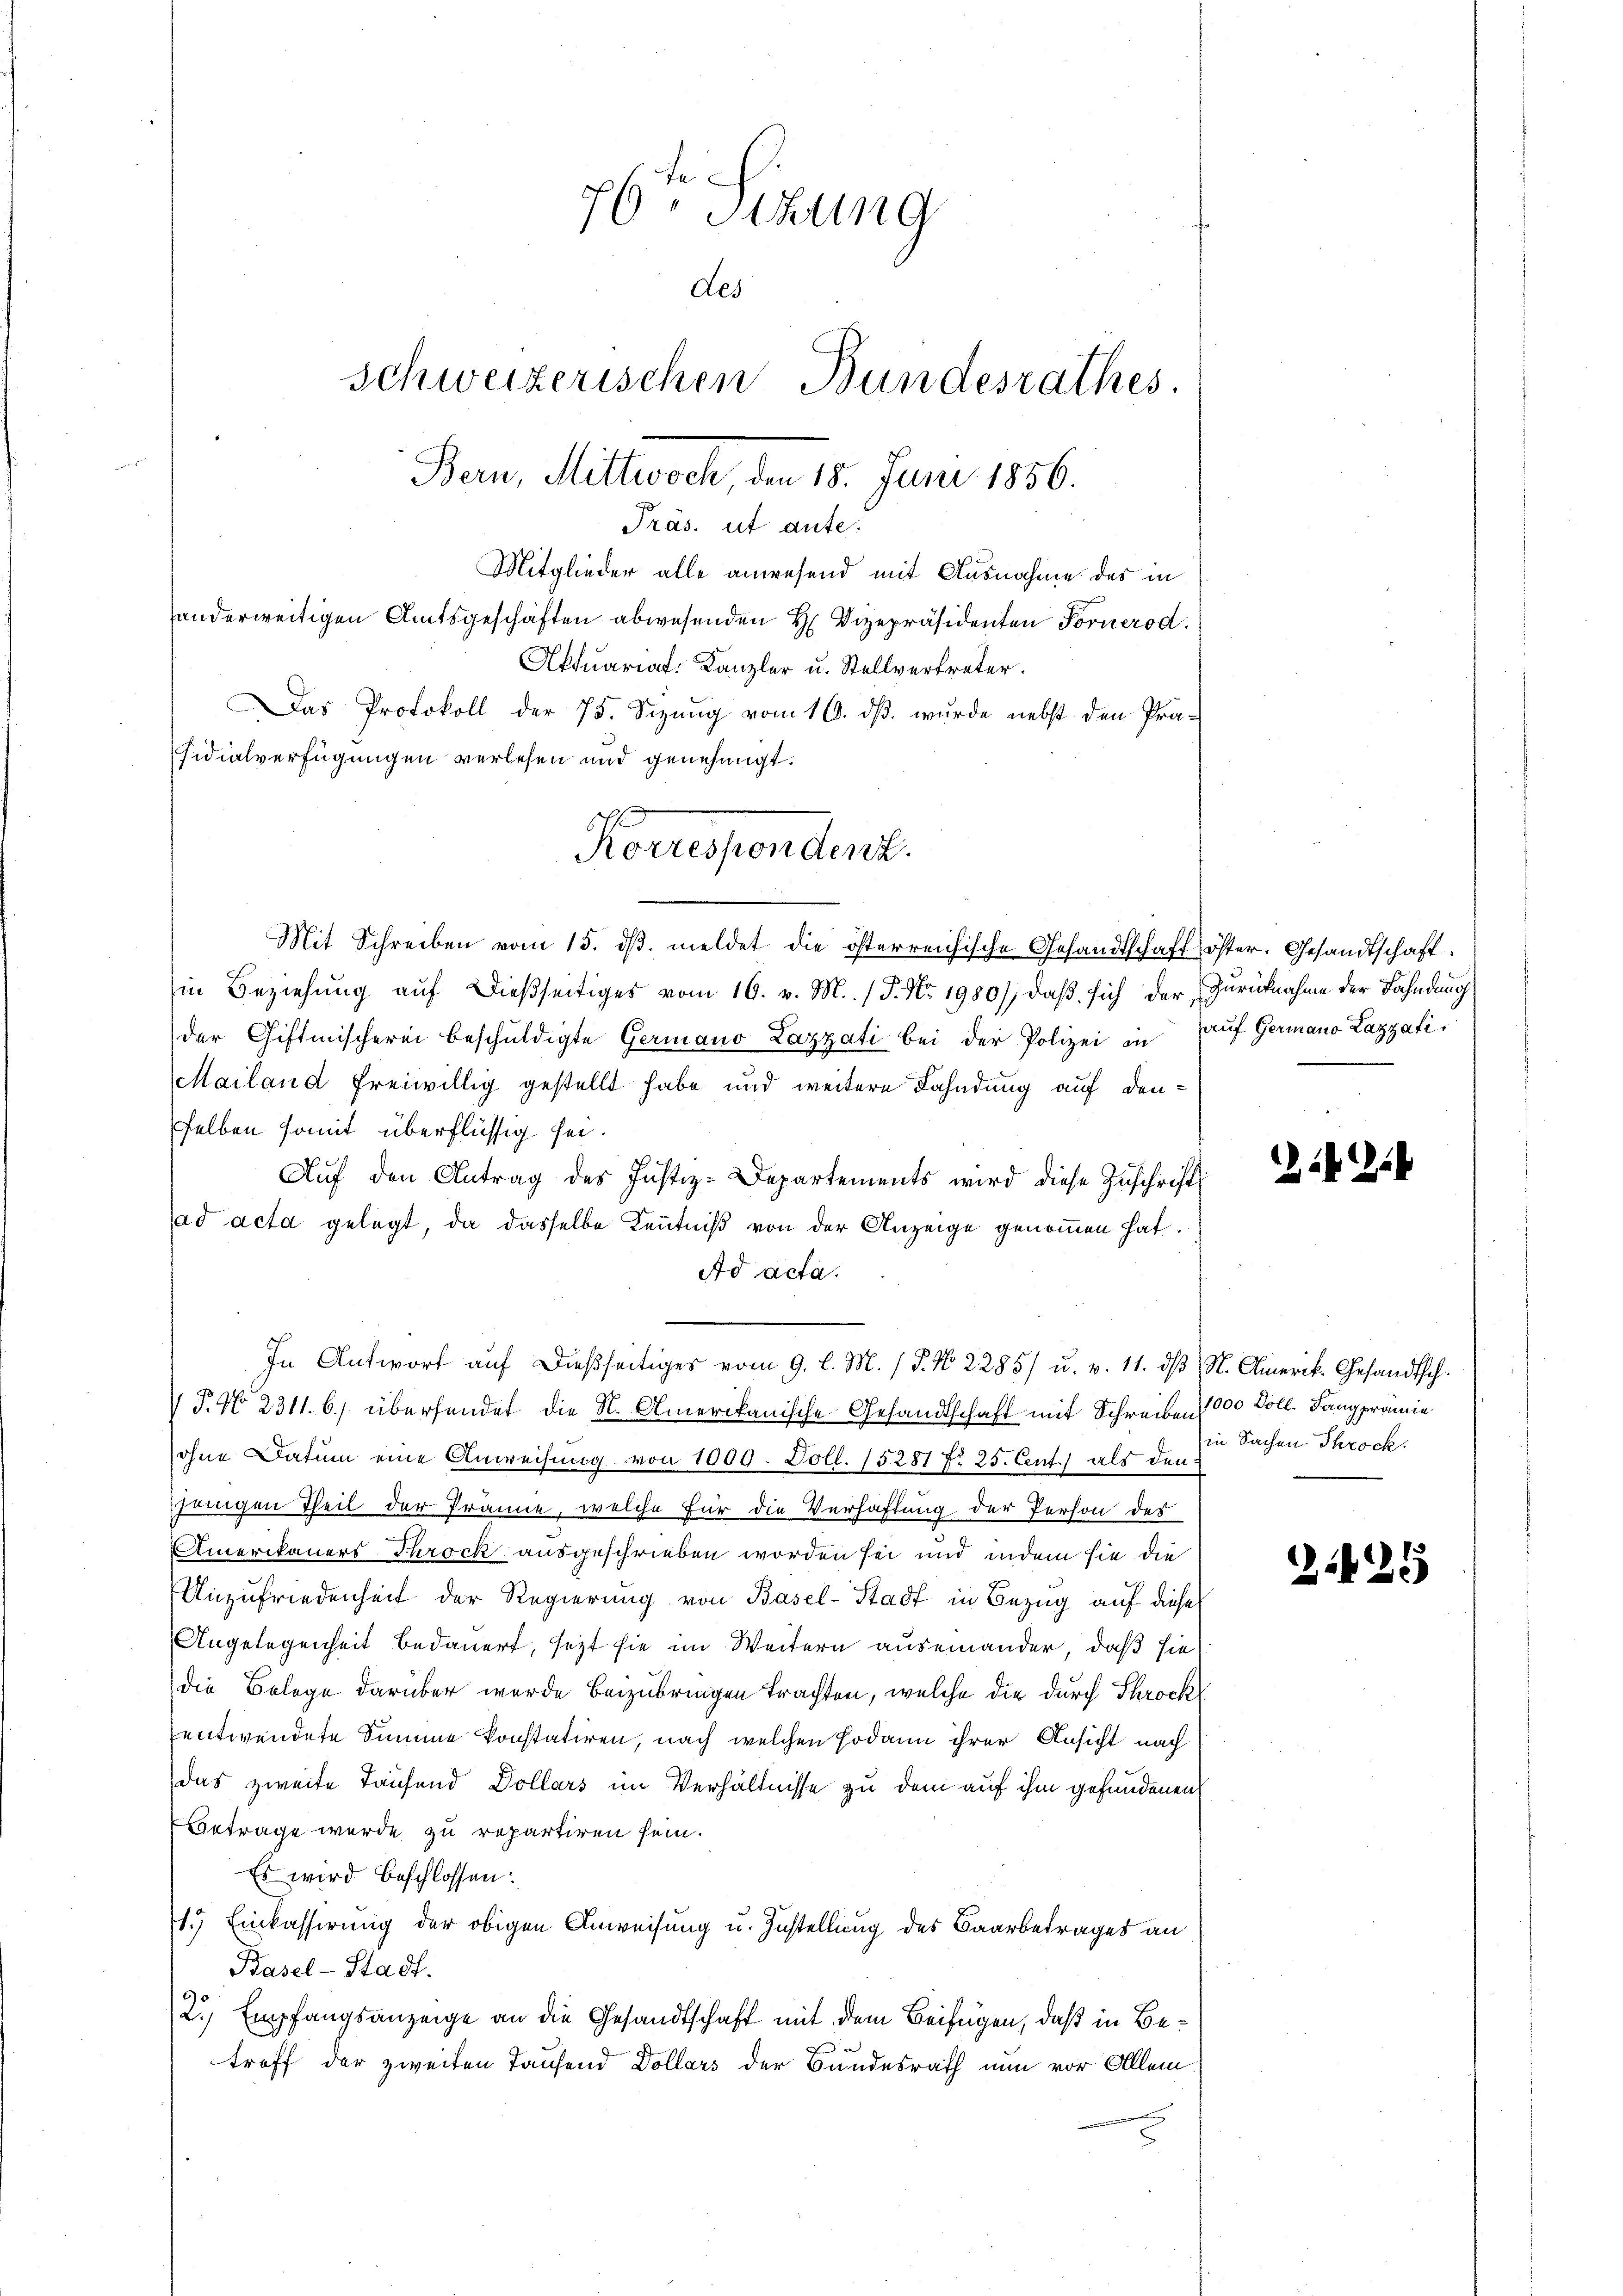
76t Sizung
Les
Schweizerischen Bundesrathes.
Bern, Mittwoch den 15. Juni 1856.
Präs. ut ante.
Mitglieder alle anwesend mit Ausnahme des in
handerweitigen Amtsgeschäften abwesenden H. Vizepräsidenten Fornerod.
Aktuariat-Kanzler u. Stellvertreter.
Das Protokoll der 75. Sizung vom 16. dβ. wurde nebst den Prä-
sidialverfügungen verlesen und genehmigt.
Korrespondert.

Mit Schreiben vom 15. dβ meldet die österreichische Gesandtschaft öster. Gesandtschaft
in Beziehung auf dießseitiges vom 16. v. M. /5. No. 1980), daß sich der Zurücknahme der Fahndung
der Giftmischerei beschuldigte Germano Lazzati bei der Polizei in auf Germano Lazzati
Mailand freiwillig gestellt habe und weitere Fahndung auf denselben somit überflüssig sei.
Auf den Antrag des Justiz-Departements wird diese Zuschrift
ad acta gelegt, da dasselbe Kenntniß von der Anzeige genommen hat.
Ad acta.
 P. No. 2311. b.) übersendet die N. Amerikanische Gesandtschaft mit Schreiben 1000 Doll. Lang prämie
ohne Datum eine Anweisung von 1009. Poll. 15281 No 25. Cent. als den
jenigen Theil der Träne, welche für die Verhaftung der Person des
Amerikauers-Throck ausgeschrieben worden sei und indem sie die
Unzufriedenheit der Regierung von Basel-Stadt in Bezug auf diese
Angelegenheit bedauert, sezt sie im Weitern auseinander, daß sie
die Belege darüber wurde beizubringen trachten, welche die durch Schrock
entwendete Summe konstatiren, nach welchen sodann ihrer Ansicht nach
das zweite Tausend Dollars im Verhältnisse zu dem auf ihm gefundenen
Betrage wurde zu repartiren sein.
Es wird beschlossen:
1. Einkassirung der obigen Anweisung u. Instellung des Baarbetrages an
Basel-Stadt.
2. Empfangsanzeige an die Gesandtschaft mit dem Beifügen, daß in Be¬
3
troff der zweiten Taufend Dollars der Bundesrath nun vor Allem

In Antwort aŭf dießseitiges vom 9. l. M. / 5. No. 2285) u. v. 11. dβ, St. Amerik. Gesandtsch.

.

in Sachen Throck.

224

¬

s